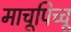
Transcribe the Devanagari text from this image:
माचूपिच्चू